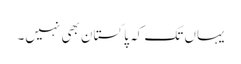
یہاں تک کہ پاکستان بھی نہیں۔